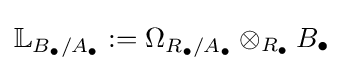
\mathbb {L} _{B_{\bullet }/A_{\bullet }}:=\Omega _{R_{\bullet }/A_{\bullet }}\otimes _{R_{\bullet }}B_{\bullet }